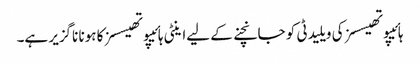
ہائیپوتھیسسز کی ویلیدٹی کو جانچنے کے لیےاینٹی ہائیپوتھیسسز کا ہونا ناگزیر ہے۔